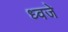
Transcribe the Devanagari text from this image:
ध्वजे